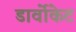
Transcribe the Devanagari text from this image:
डार्वोकेट